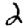
Digit: 2